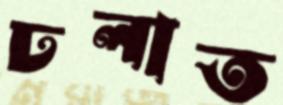
ঢলাত